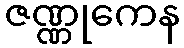
ဇဏ္ဏုကေန